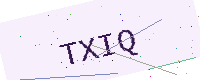
Text: TXIQ